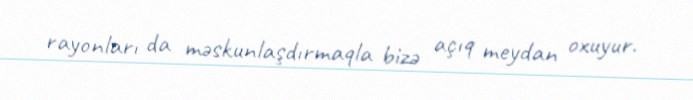
rayonları da məskunlaşdırmaqla bizə açıq meydan oxuyur.